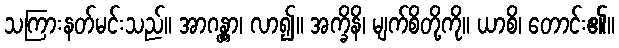
သကြားနတ်မင်းသည်။ အာဂန္တွာ၊ လာ၍။ အက္ခိနိ၊ မျက်စိတို့ကို။ ယာစိ၊ တောင်း၏။